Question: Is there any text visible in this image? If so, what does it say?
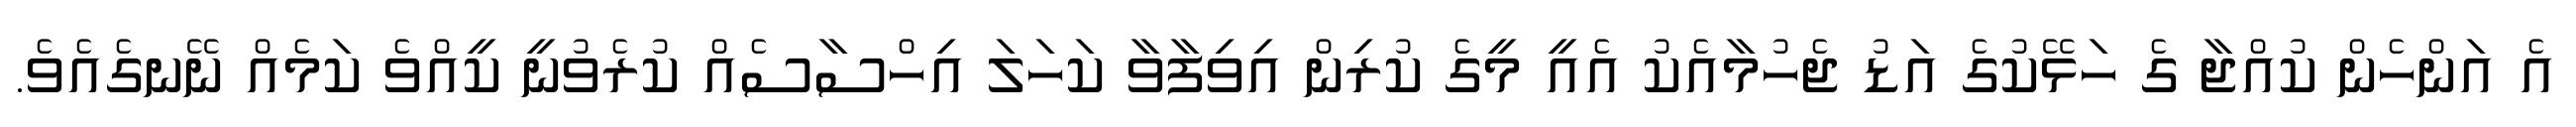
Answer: އެ އަންހެން ކުއްޖާ ގެ ހަޅޭކުގެ އަޑު ޖެހުމާއެކު އެއީ މީގެ ކުރިން އިވިފާވާ ކަހަލަ އިހްސާސެއް ކުރެވުނީ ކީއްވެ ކަމެއް ނޭނގެއެވެ.